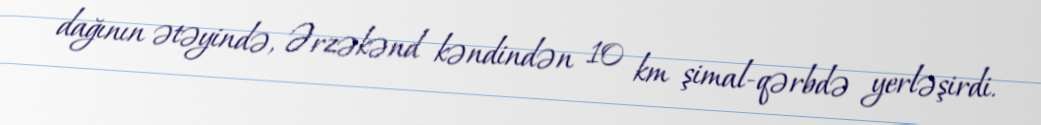
dağının ətəyində, Ərzəkənd kəndindən 10 km şimal-qərbdə yerləşirdi.